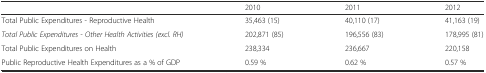
|  | 2010 | 2011 | 2012 |
 | --- | --- | --- | --- |
 | Total Public Expenditures - Reproductive Health | 35,463 (15) | 40,110 (17) | 41,163 (19) |
 | Total Public Expenditures - Other Health Activities (excl. RH) | 202,871 (85) | 196,556 (83) | 178,995 (81) |
 | Total Public Expenditures on Health | 238,334 | 236,667 | 220,158 |
 | Public Reproductive Health Expenditures as a % of GDP | 0.59 % | 0.62 % | 0.57 % |